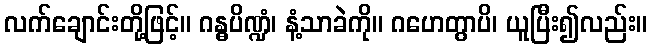
လက်ချောင်းတို့ဖြင့်။ ဂန္ဓပိဏ္ဍံ၊ နံ့သာခဲကို။ ဂဟေတွာပိ၊ ယူပြီး၍လည်း။